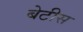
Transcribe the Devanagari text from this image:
बेटीस